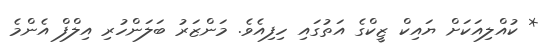
* ކުއްލިއަކަށް ޔައިކް ޒީކްގެ އަތުގައި ހިފިއެވެ. މަންޒަރު ބަލަންހުރި އިލްފް އެންމެ